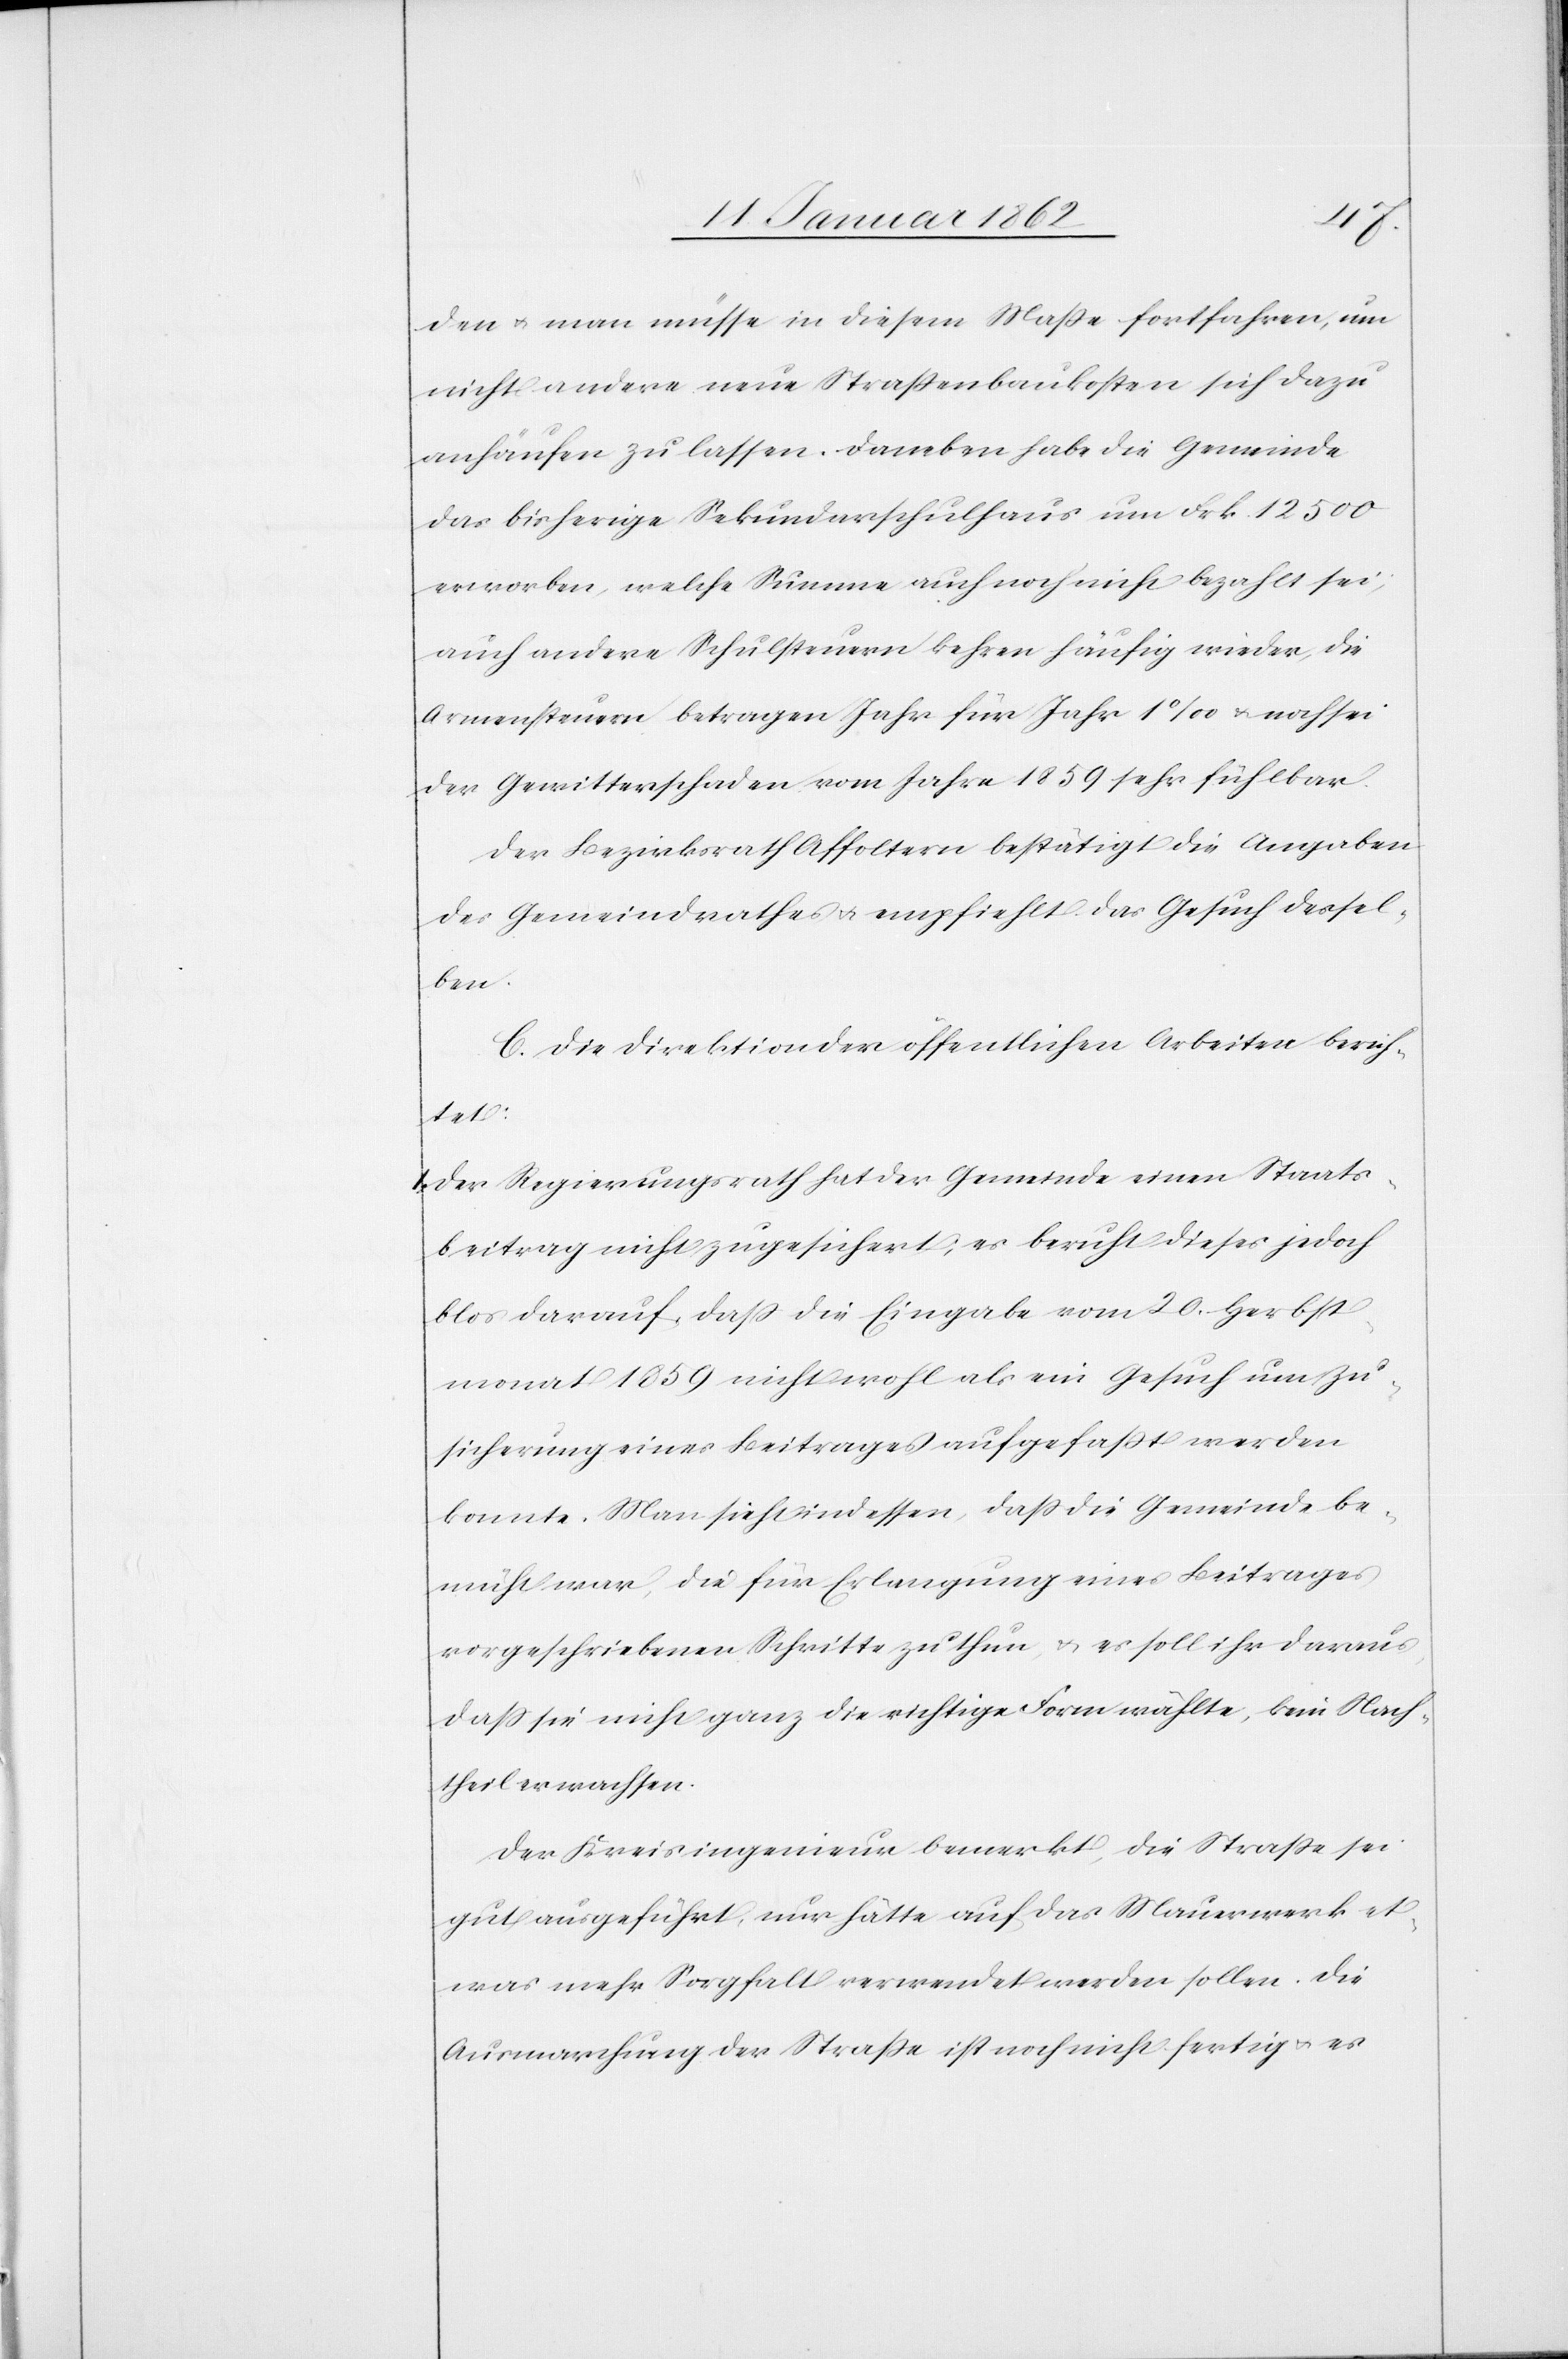
den u. man müsse in diesem Maße fortfahren, um
nicht andere neue Straßenbaukosten sich dazu
anhäufen zu lassen. Daneben habe die Gemeinde
das bisherige Sekundarschulhaus um Frk. 12 500
erworben, welche Summe auch noch nicht bezahlt sei;
auch andere Schulsteuern kehren häufig wieder, die
Armensteuern betragen Jahr für Jahr 1‰ u. noch sei
der Gewitterschaden vom Jahre 1859 sehr fühlbar.
Der Bezirksrath Affoltern bestätigt die Angaben
des Gemeindrathes u. empfiehlt das Gesuch dessel¬
ben.
C. Die Direktion der öffentlichen Arbeiten berich¬
tet:
1. Der Regierungsrath hat der Gemeinde einen Staats¬
beitrag nicht zugesichert; es beruht dieses jedoch
blos darauf, daß die Eingabe vom 20. Herbst¬
monat 1859 nicht wohl als ein Gesuch um Zu¬
sicherung eines Beitrages aufgefaßt werden
konnte. Man sieht indessen, daß die Gemeinde be¬
müht war, die für Erlangung eines Beitrages
vorgeschriebenen Schritte zu thun u. es soll ihr daraus,
daß sie nicht ganz die richtige Form wählte, kein Nach¬
theil erwachsen.
Der Kreisingenieur bemerkt, die Straße sei
gut ausgeführt, nur hätte auf das Mauerwerk et¬
was mehr Sorgfalt verwendet werden sollen. Die
Ausmarchung der Straße ist noch nicht fertig u. es